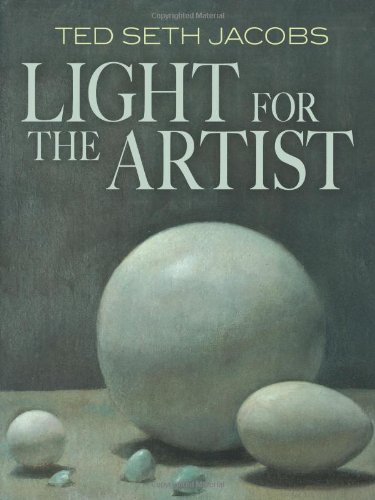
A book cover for Light for the Artist (Dover Art Instruction); Ted Seth Jacobs; Arts & Photography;